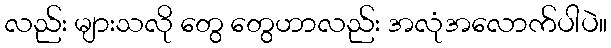
လည်း များသလို တွေ တွေဟာလည်း အလုံအလောက်ပါပဲ။